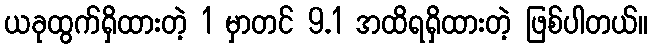
ယခုထွက်ရှိထားတဲ့ 1 မှာတင် 9.1 အထိရရှိထားတဲ့ ဖြစ်ပါတယ်။